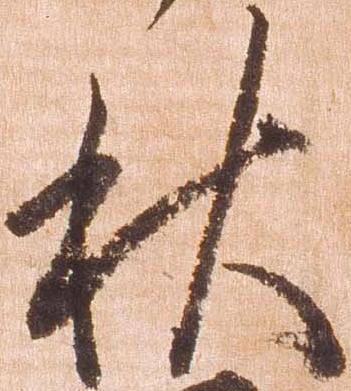
秋